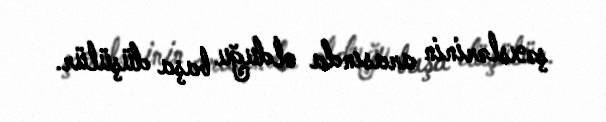
şəxslərinin arasında olduğu başa düşülür.